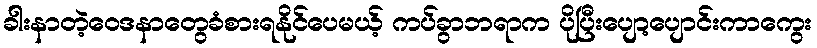
ခါးနာတဲ့ဝေဒနာတွေခံစားရနိုင်ပေမယ့် ကပ်ခွာဘရာက ပိုပြီးပျော့ပျောင်းကာကွေး